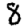
Digit: 8